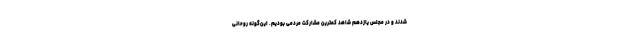
شدند و در مجلس یازدهم شاهد کمترین مشارکت مردمی بودیم. این‌گونه روحانی